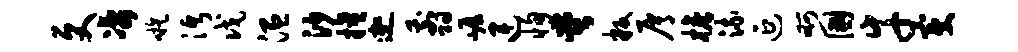
更凄嗾沔戊温沙擅迦翦崖连恂堂叛屑檐流延啊国幸变